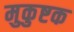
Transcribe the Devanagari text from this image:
मुकुष्टक